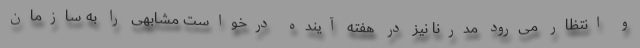
و انتظار می‌رود مدرنا نیز در هفته آینده درخواست مشابهی را به سازمان